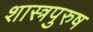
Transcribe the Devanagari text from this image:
शास्त्रपुरुष